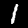
Digit: 1